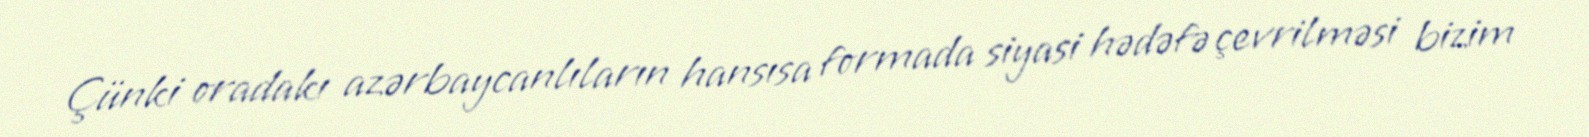
Çünki oradakı azərbaycanlıların hansısa formada siyasi hədəfə çevrilməsi bizim